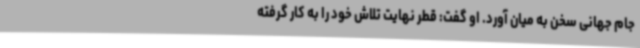
جام جهانی سخن به میان آورد. او گفت: قطر نهایت تلاش خود را به کار گرفته